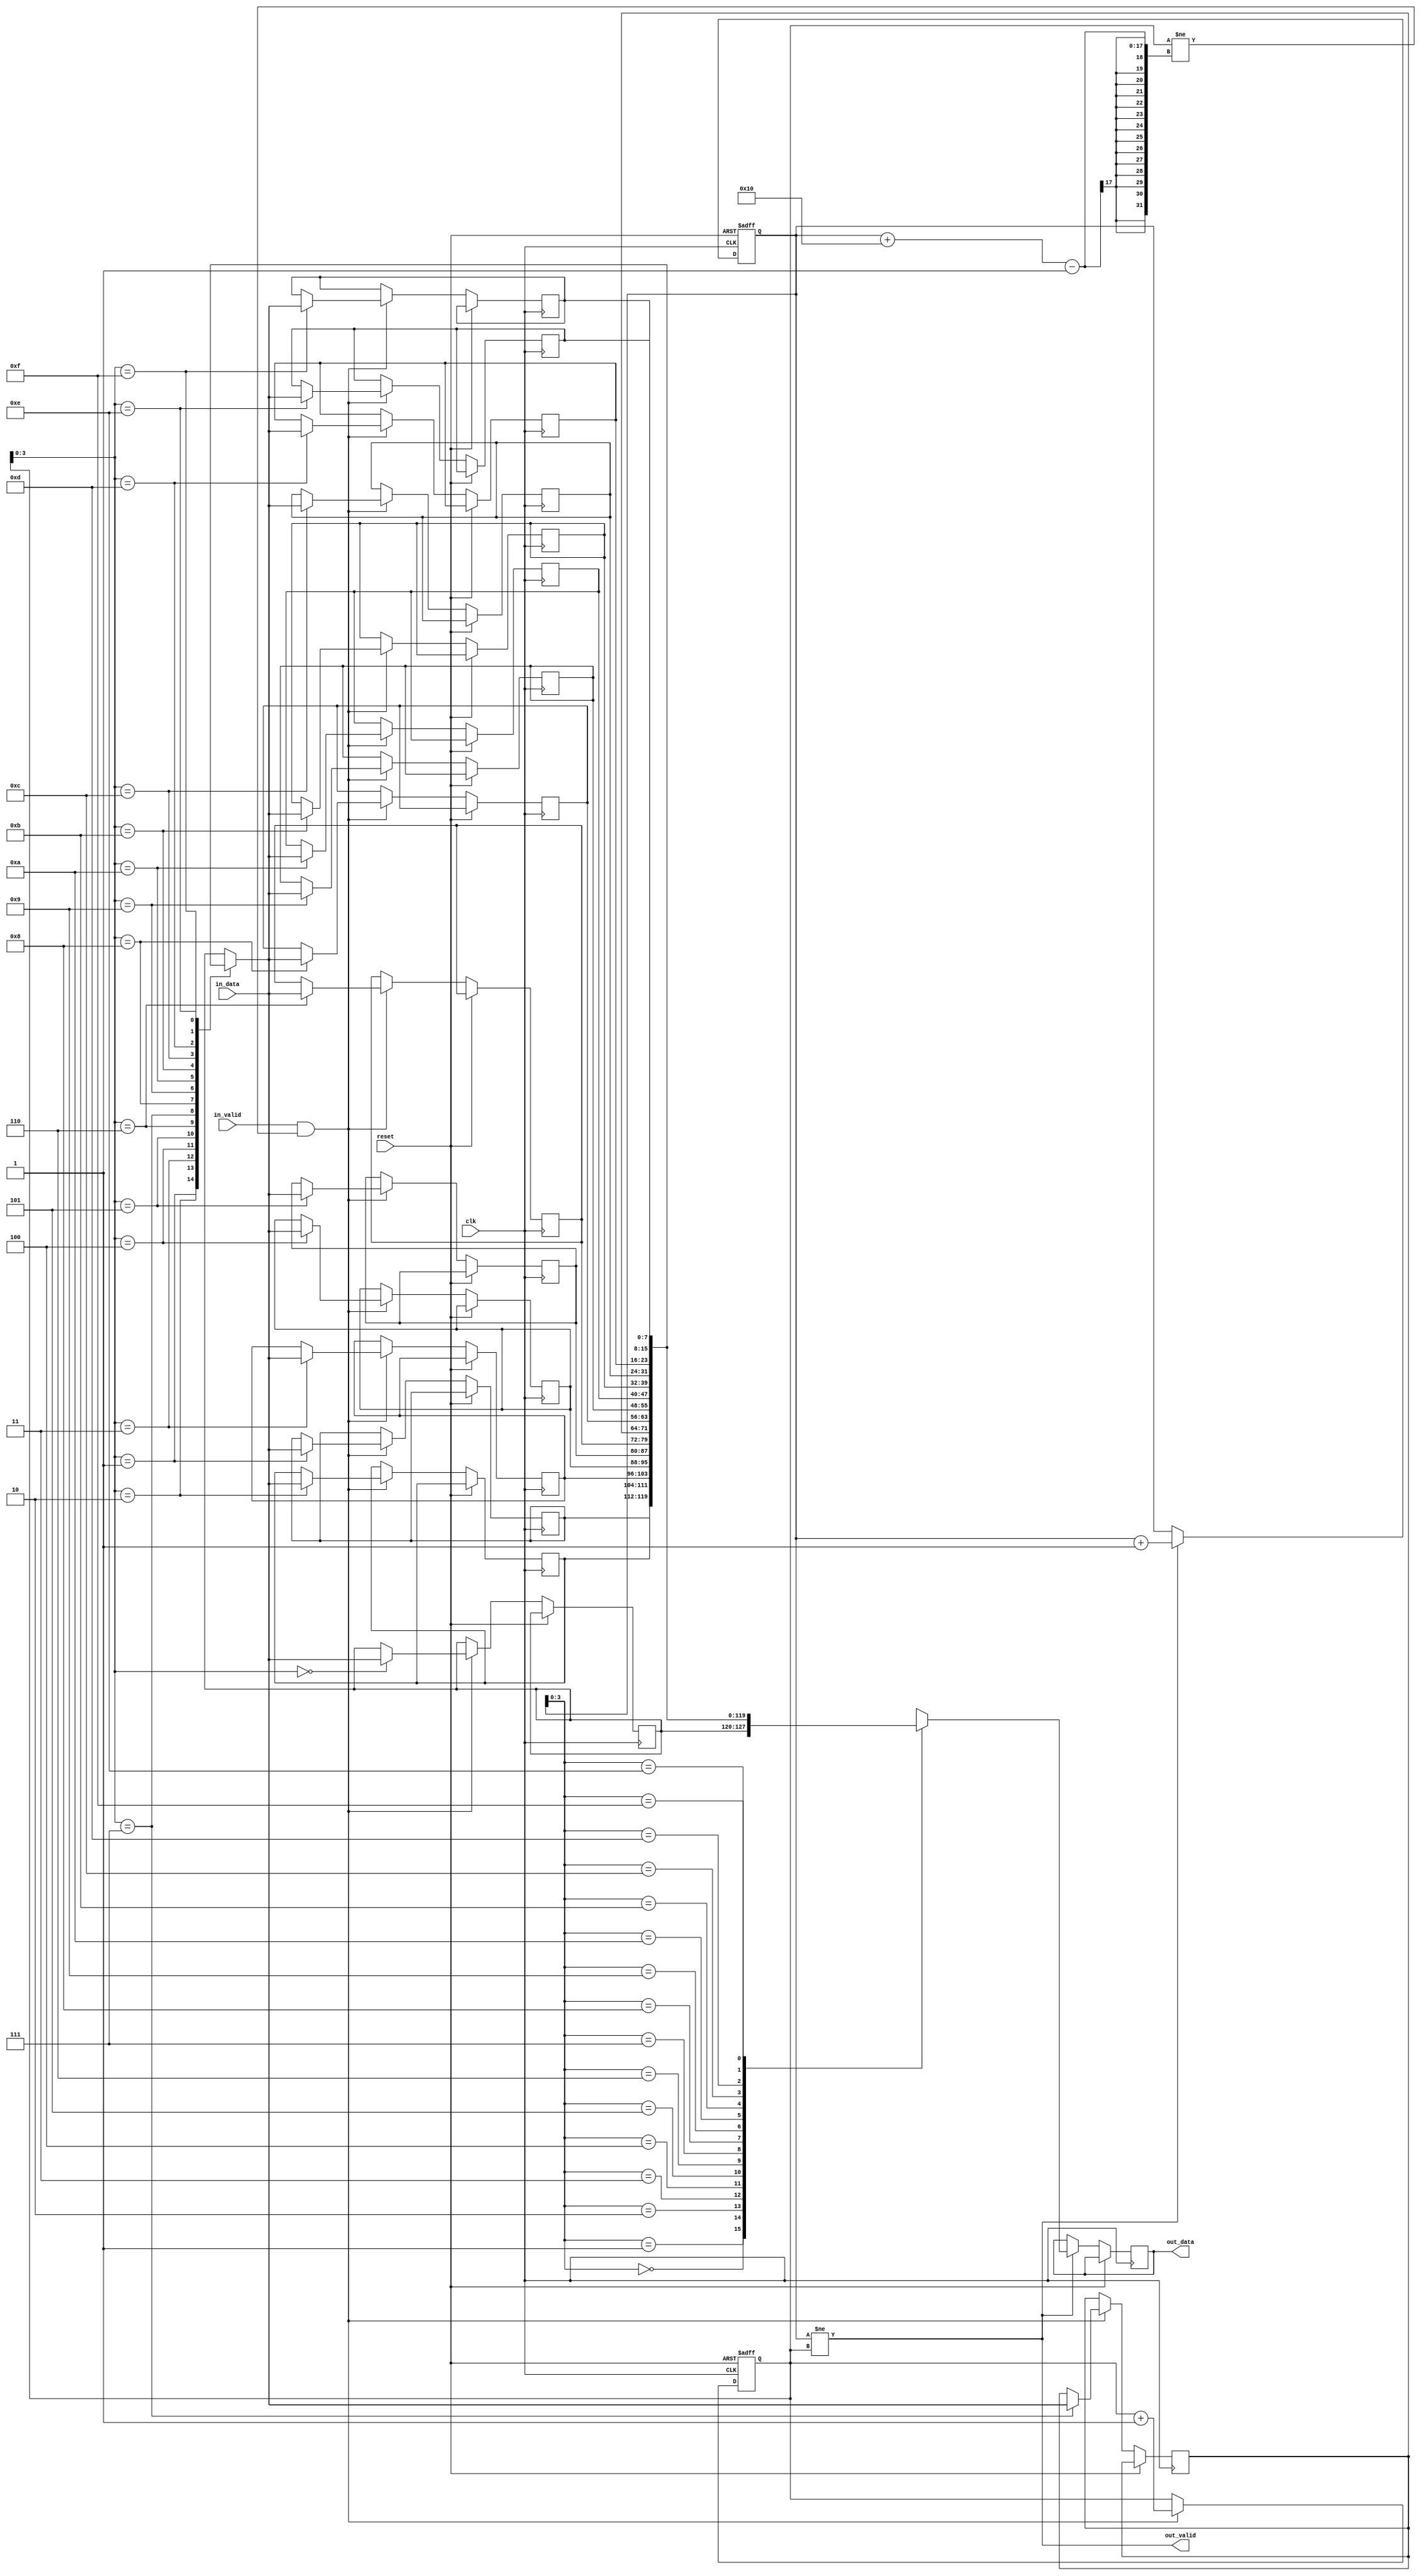
module LastWordFIFO (
    input wire clk,
    input wire reset,
    input wire [DATA_WIDTH-1:0] in_data,
    input wire in_valid,
    output wire out_valid,
    output wire [DATA_WIDTH-1:0] out_data
);

parameter DEPTH = 16;
parameter DATA_WIDTH = 8;

reg [DATA_WIDTH-1:0] fifo [DEPTH-1:0];
reg [DEPTH-1:0] write_ptr, read_ptr;

always @ (posedge clk or posedge reset) begin
    if (reset) begin
        write_ptr <= 0;
        read_ptr <= 0;
    end else begin
        if (in_valid && (write_ptr != read_ptr + DEPTH - 1)) begin
            fifo[write_ptr] <= in_data;
            write_ptr <= write_ptr + 1;
        end
        if (out_valid && (read_ptr != write_ptr)) begin
            out_data <= fifo[read_ptr];
            read_ptr <= read_ptr + 1;
        end
    end
end

assign out_valid = (read_ptr != write_ptr);
assign in_data = fifo[write_ptr];

endmodule